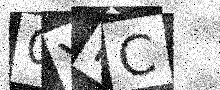
Text: 0YFC